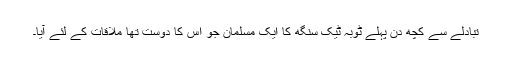
تبادلے سے کچھ دن پہلے ٹوبہ ٹیک سنگھ کا ایک مسلمان جو اس کا دوست تھا ملاقات کے لئے آیا۔